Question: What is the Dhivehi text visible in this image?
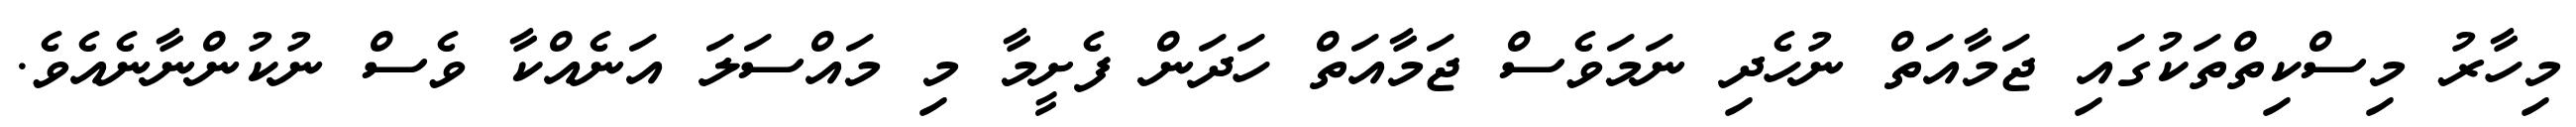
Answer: މިހާރު މިސްކިތްތަކުގައި ޖަމާއަތް ނުހެދި ނަމަވެސް ޖަމާއަތް ހަދަން ފެށީމާ މި މައްސަލަ އަނެއްކާ ވެސް ނުކުންނާނެއެވެ.